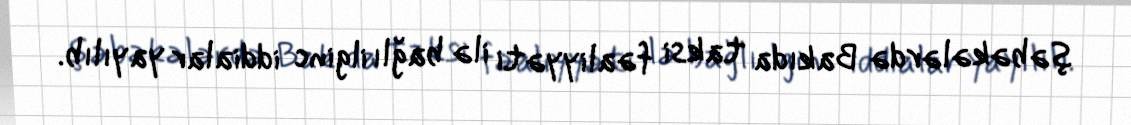
şəbəkələrdə Bakıda taksi fəaliyyəti ilə bağlı ilginc iddialar yayılıb.